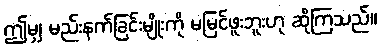
ဤမျှ မည်းနက်ခြင်းမျိုးကို မမြင်ဖူးဘူးဟု ဆိုကြသည်။